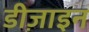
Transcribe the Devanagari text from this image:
डीज़ाइन